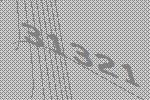
31321